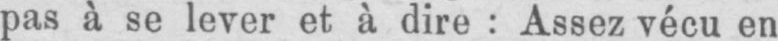
pas à se lever et à dire: Assez vécu en